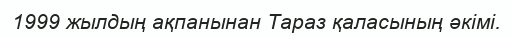
1999 жылдың ақпанынан Тараз қаласының әкімі.